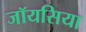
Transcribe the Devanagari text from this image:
जॉयसिया